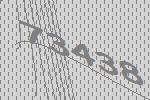
73438